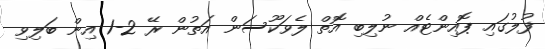
ފުލުގައި ޕޮއިންޓެއް ނުލިބި އޮތް ލެވަކޫސަން އަތުން ރޭ 2-1 އިން ބަލިވި